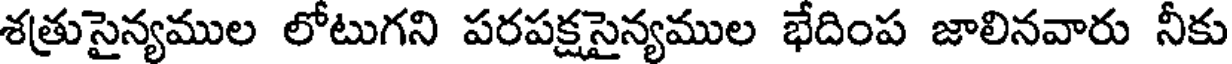
శత్రుసైన్యముల లోటుగని పరపక్షసైన్యముల భేదింప జాలినవారు నీకు